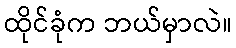
ထိုင်ခုံက ဘယ်မှာလဲ။